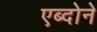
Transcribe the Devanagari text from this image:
एब्दोने